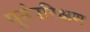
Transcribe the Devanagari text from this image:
पूर्नपरिक्षण